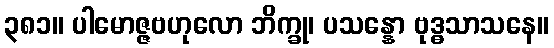
၃၈၁။ ပါမောဇ္ဇဗဟုလော ဘိက္ခု၊ ပသန္နော ဗုဒ္ဓသာသနေ။